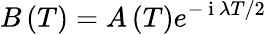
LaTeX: B\left(T\right)=A\left(T\right)e^{-\mathrm{~i~}\lambda T/2}